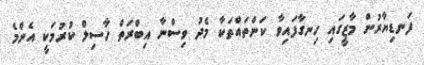
ފަނޑިޔާރުން މާޒީގައި ހިނގާފައިވާ ކަންތައްތަކާ މެދު ވިސްނާ އިބްރަތް ހާސިލް ކުރުމަކީ އެންމެ